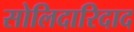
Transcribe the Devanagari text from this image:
सोलिदारिदाद